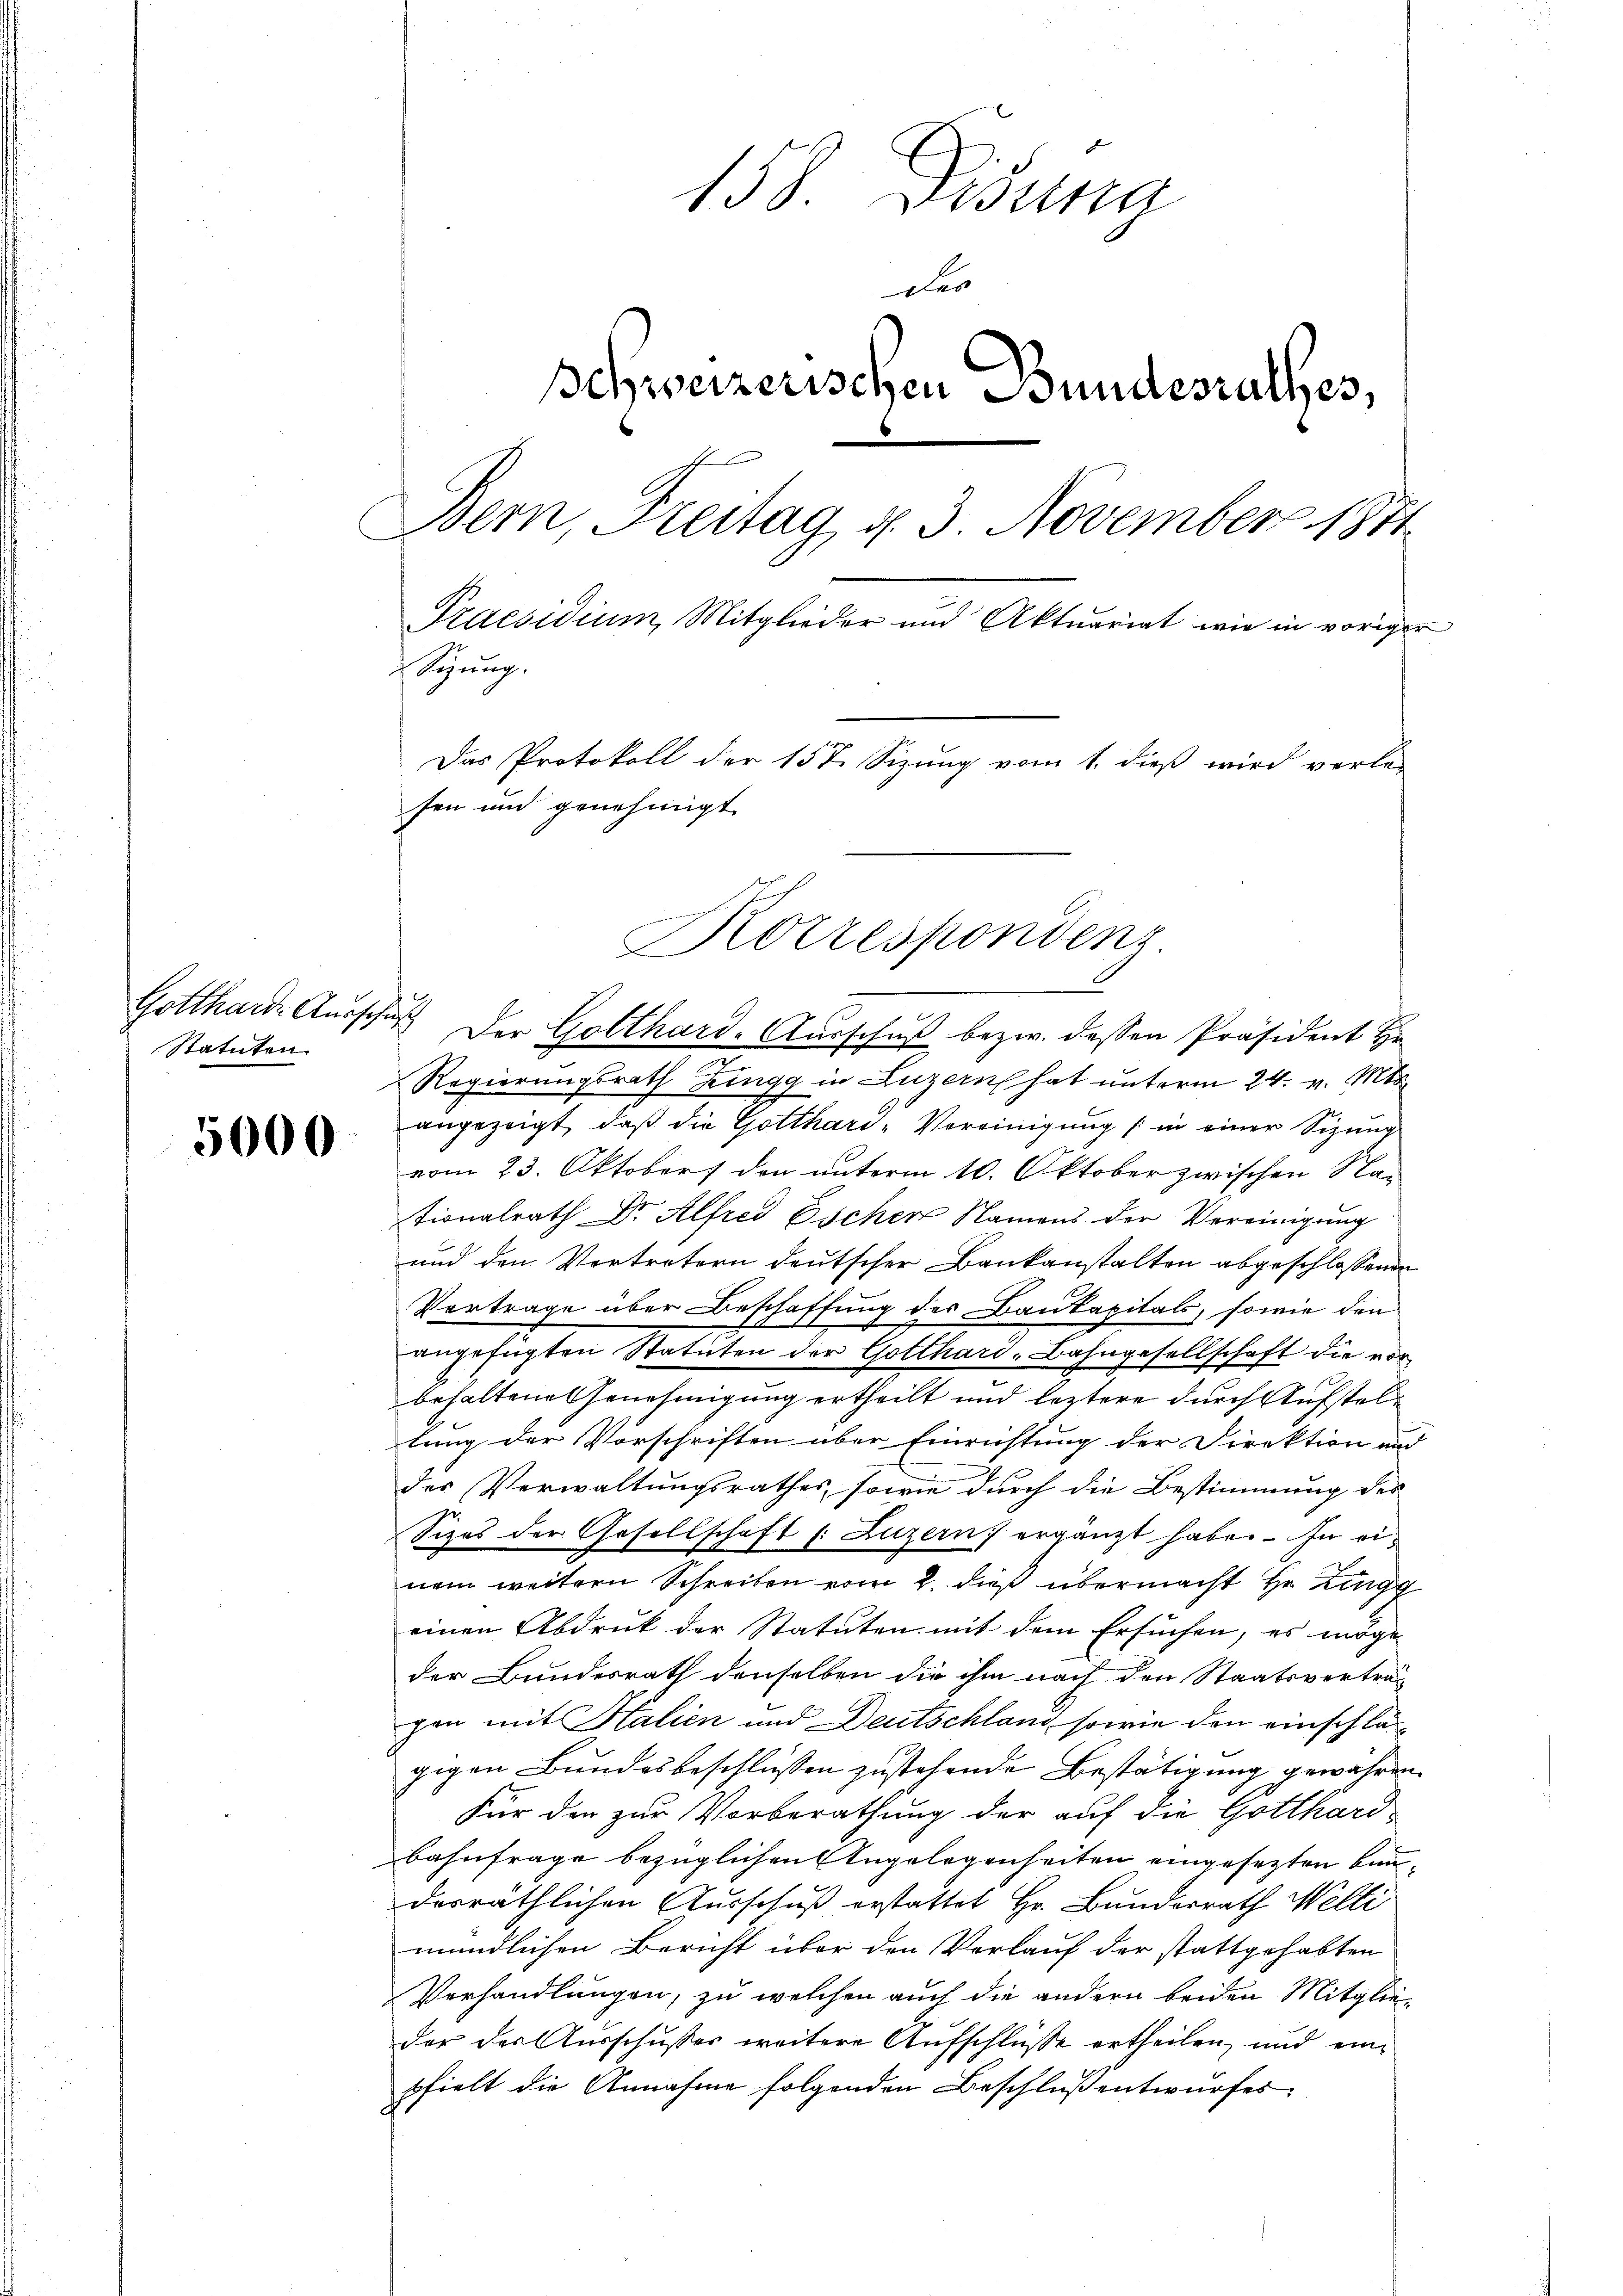
Statuten

5000

158. Disung
der
Schweizerischen Bundesrathes,
Bern, Freitag, d. 3. November 1871
Praesidium, Mitglieder und Aktuariat wie in voriger
Sigung.
Das Protokoll der 157. Sizung vom 1. dieß wird verlei
fen und genehmigt

Regierungsrath Zingg in Luzern hat unterm 24. v. Mts.
angezeigt, daß die Gotthard-Vereinigung (in einer Sitzung
vom 23. Oktober den unterm 10. Oktober zwischen Nationalrath Dr. Alfred Eschen Namens der Vereinigung
und den Vertretern deutscher Baukanstalten abgeschlossenen
Vertrage über Beschaffung des Baukapitals, sowie den
2
.
7
angefügten Statuten der Gotthard-Bahngesellschaft die vor
behaltene Genehmigung ertheilt und leztere durch Aufsteltung der Vorschriften über Einrichtung der Direktion und
des Verwaltungsrathes, sowie durch die Bestimmung des
Sizos der Gesellschaft s. Luzern ergänzt haben. In einem weitern Schreiben vom 2. dieß übermacht Hr. Zingg
einen Abdruk der Statuten mit dem Ersuchen, es möge
der Bundesrath denselben die ihm nach den Staatsverträg
gen mit Halien und Deutschland, sowie den einschlägigen Bundesbeschlüssen zustehende Bestätigung gewähren.
Für den zur Vorberathung der auf die Gotthard-
Bahnfrage bezüglichen Angelegenheiten eingesetzten Baudosräthlichen Ausschuß erstattet Hr. Bunderrath Welti
mündlichen Bericht über den Verkauf der stattgehabten
Verhandlungen, zu welchen auch die andern beiden Mitglieder der Ausschusses weitere Aufschlüsse ertheilen, und einpfielt die Annahme folgenden Beschluß entwurfes.

Korrespondenz
Gotthard Aŭsschŭβ der Gotthard-Aŭsschŭβ bezw. dessen Präsident He